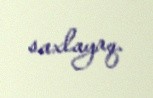
saxlayaq.